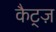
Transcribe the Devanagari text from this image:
कैट्ज़